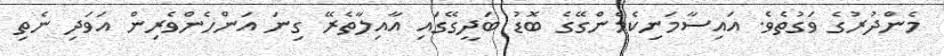
މެންދުރުގެ ވަގުތެވެ. އައިސާމަނިކެމެންގޭގެ ބޮޑު ބަދީގޭގައި އާއިލާތެރޭ ގިނަ އަންހެންވެރިން އަވަދި ނެތި